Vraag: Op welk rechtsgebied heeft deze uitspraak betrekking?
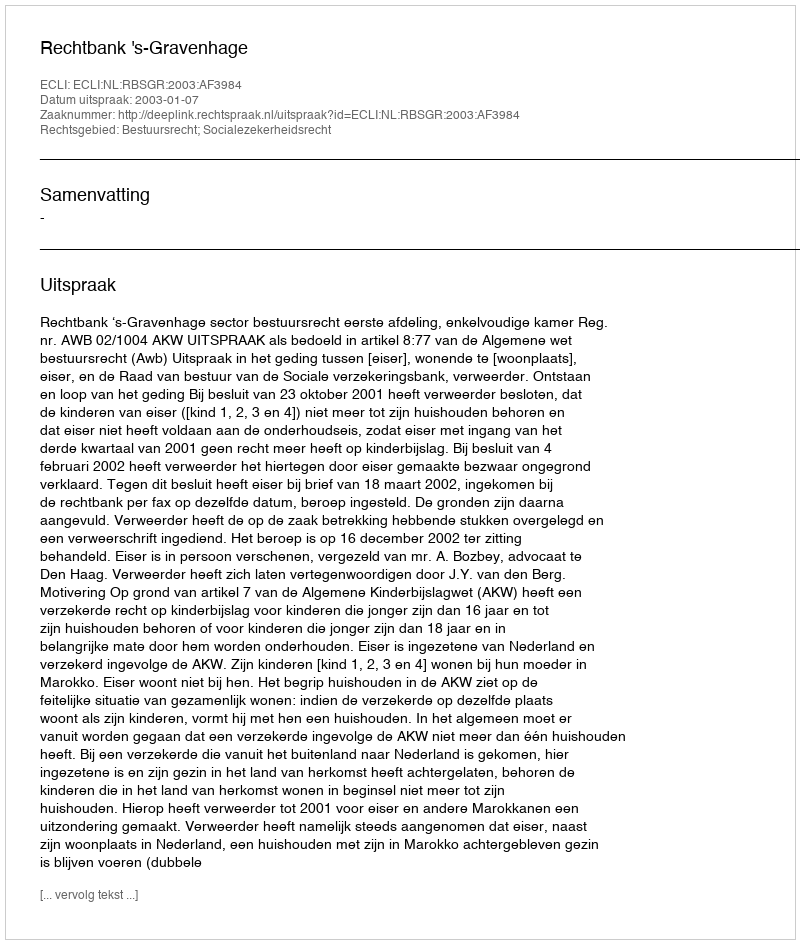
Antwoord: Bestuursrecht; Socialezekerheidsrecht